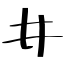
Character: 井